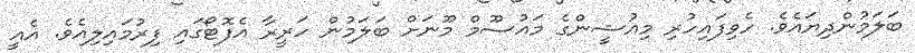
ބަލަމުންދިޔައެވެ. ހެވިފައިހުރި މިއުޝީންގެ މައުސޫމް މޫނަށް ބަލަމުން ހަރީރާ އެފޮޓޯގައި ފިރުމައިލިއެވެ. އެއީ